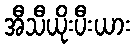
အီသီယိုးပီးယား